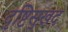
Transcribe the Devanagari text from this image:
दृष्टिसुखद